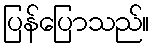
ပြန်ပြောသည်။